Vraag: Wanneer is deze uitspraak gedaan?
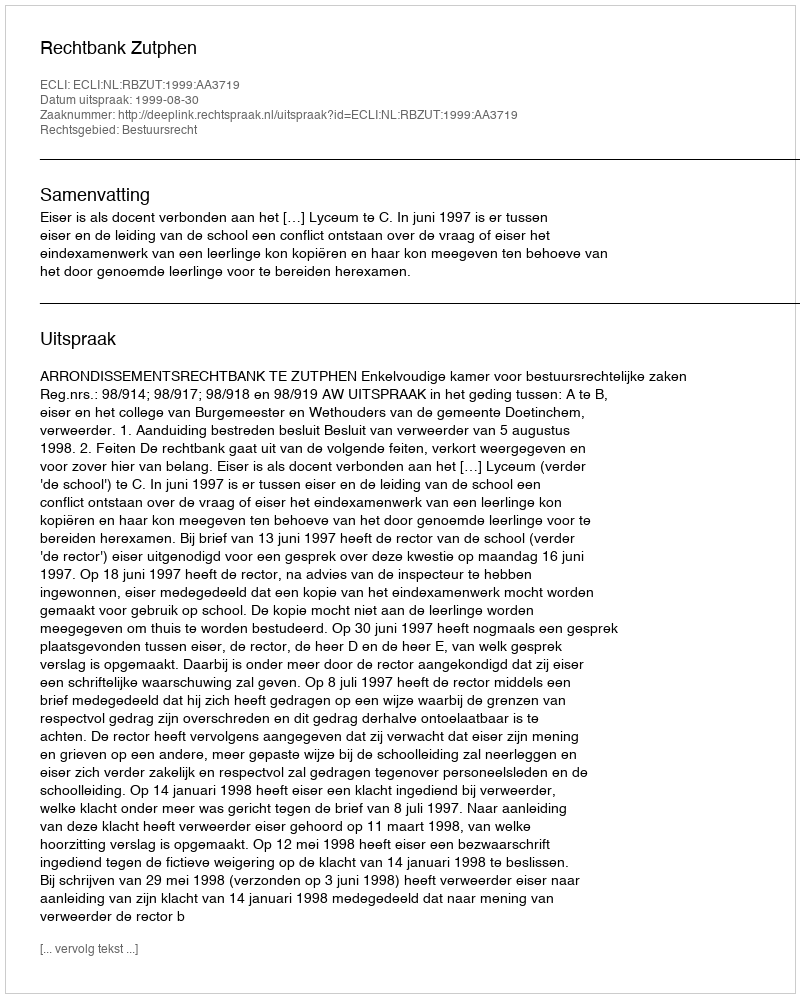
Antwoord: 1999-08-30